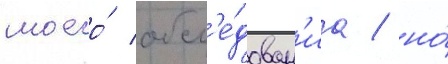
моего́ обсл'е́дован'иа / но́